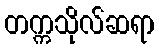
တက္ကသိုလ်ဆရာ